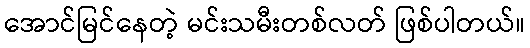
အောင်မြင်နေတဲ့ မင်းသမီးတစ်လတ် ဖြစ်ပါတယ်။